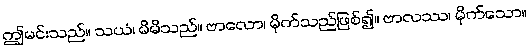
ဤမင်းသည်။ သယံ၊ မိမိသည်။ ဗာလော၊ မိုက်သည်ဖြစ်၍။ ဗာလဿ၊ မိုက်သော။